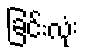
ခြင်းလုံး